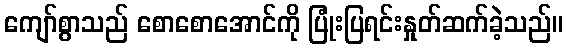
ကျော်စွာသည် စောစောအောင်ကို ပြုံးပြရင်းနှုတ်ဆက်ခဲ့သည်။